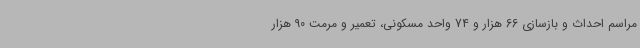
مراسم احداث و بازسازی 66 هزار و 74 واحد مسکونی، تعمیر و مرمت 90 هزار